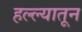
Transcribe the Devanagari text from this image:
हल्ल्यातून